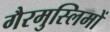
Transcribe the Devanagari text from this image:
गैरमुस्लिमों